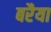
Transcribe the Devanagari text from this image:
बरैया